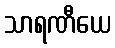
သာရဏီယေ